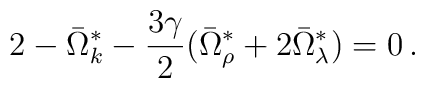
2-\bar{\Omega}^\ast_k-\frac{3\gamma}{2}(\bar{\Omega}^\ast_\rho+2\bar{\Omega}^\ast_\lambda)=0 \,.